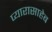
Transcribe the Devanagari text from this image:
प्यारासाहेब